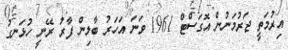
އިރުމަތީ ޖަރުމަނުން އޮގަސްޓް 1961 ވަނަ އަހަރު ބާލިން ފާރު ރޭނީ ހުޅަނގު